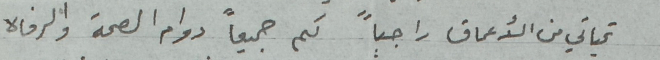
تحياتي من الأعماق راجياً لكم جميعاً دوام الصحة والرفاه